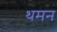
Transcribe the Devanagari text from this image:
थमन